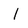
Character: 1